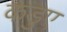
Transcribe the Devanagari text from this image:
कडुए